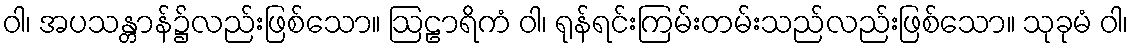
ဝါ၊ အပသန္တာန်၌လည်းဖြစ်သော။ ဩဠာရိကံ ဝါ၊ ရုန်ရင်းကြမ်းတမ်းသည်လည်းဖြစ်သော။ သုခုမံ ဝါ၊